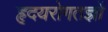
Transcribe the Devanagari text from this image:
हृदयरोगतज्ञों